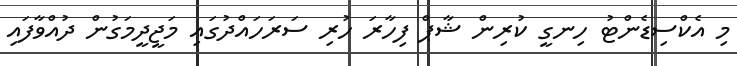
މި އެކްސިޑެންޓު ހިނގީ ކުރިން ޝާޕް ފިހާރަ ހުރި ސަރަހައްދުގައި މަޖީދީމަގުން ދުއްވާފައި